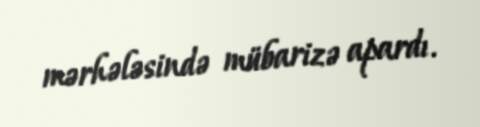
mərhələsində mübarizə apardı.